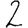
Digit: 2